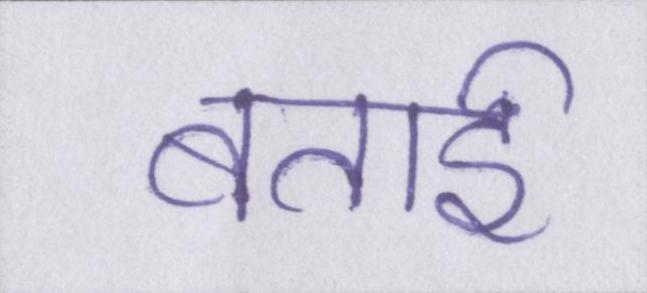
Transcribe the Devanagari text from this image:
बताई